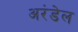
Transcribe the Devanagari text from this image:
अरंडेल